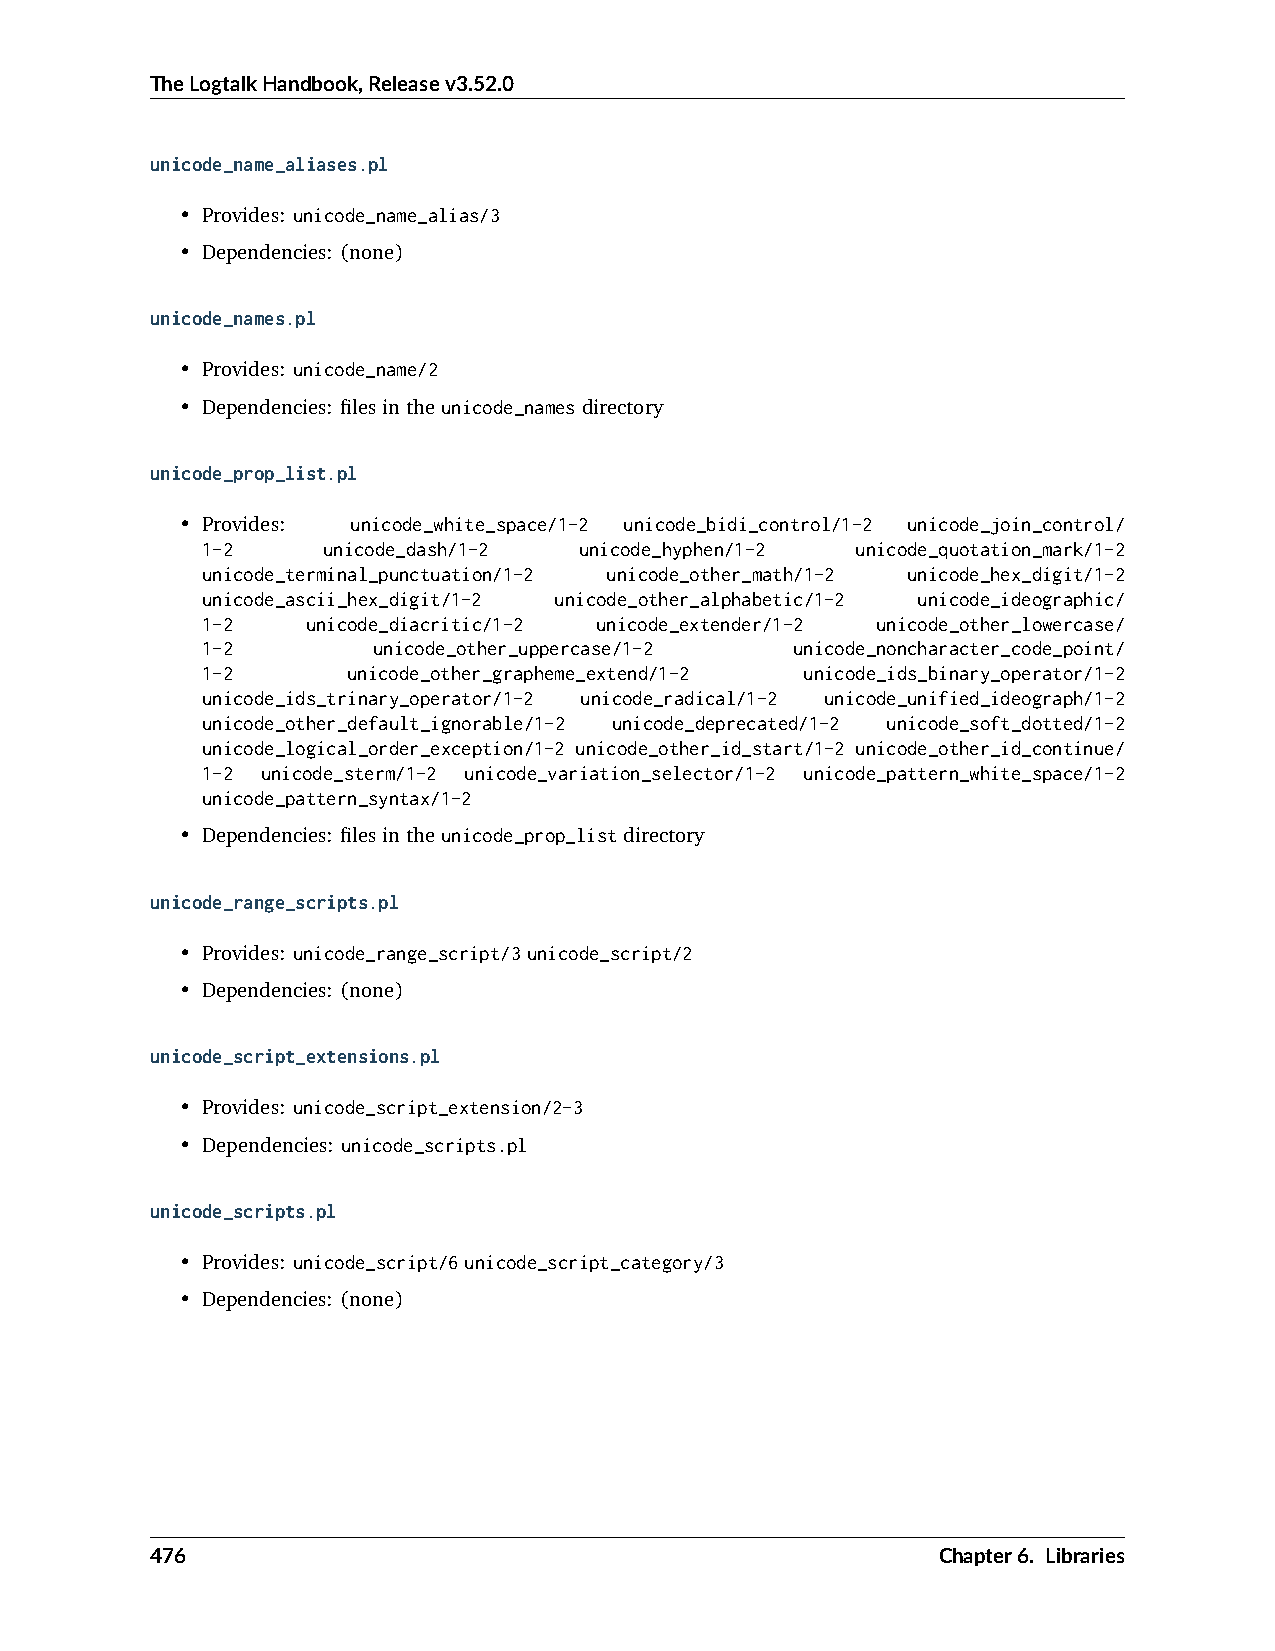
TheLogtalkHandbook,Releasev3.52.0
 unicode_name_aliases.pl
 • Provides: unicode_name_alias/3
 • Dependencies: (none)
 unicode_names.pl
 • Provides: unicode_name/2
 • Dependencies: filesintheunicode_namesdirectory
 unicode_prop_list.pl
 • Provides: unicode_white_space/1-2 unicode_bidi_control/1-2 unicode_join_control/
 1-2     unicode_dash/1-2 unicode_hyphen/1-2 unicode_quotation_mark/1-2
 unicode_terminal_punctuation/1-2 unicode_other_math/1-2 unicode_hex_digit/1-2
 unicode_ascii_hex_digit/1-2 unicode_other_alphabetic/1-2 unicode_ideographic/
 1-2    unicode_diacritic/1-2 unicode_extender/1-2 unicode_other_lowercase/
 1-2         unicode_other_uppercase/1-2 unicode_noncharacter_code_point/
 1-2       unicode_other_grapheme_extend/1-2 unicode_ids_binary_operator/1-2
 unicode_ids_trinary_operator/1-2 unicode_radical/1-2 unicode_unified_ideograph/1-2
 unicode_other_default_ignorable/1-2 unicode_deprecated/1-2 unicode_soft_dotted/1-2
 unicode_logical_order_exception/1-2 unicode_other_id_start/1-2 unicode_other_id_continue/
 1-2 unicode_sterm/1-2 unicode_variation_selector/1-2 unicode_pattern_white_space/1-2
 unicode_pattern_syntax/1-2
 • Dependencies: filesintheunicode_prop_listdirectory
 unicode_range_scripts.pl
 • Provides: unicode_range_script/3unicode_script/2
 • Dependencies: (none)
 unicode_script_extensions.pl
 • Provides: unicode_script_extension/2-3
 • Dependencies: unicode_scripts.pl
 unicode_scripts.pl
 • Provides: unicode_script/6unicode_script_category/3
 • Dependencies: (none)
 476                                                 Chapter6. Libraries